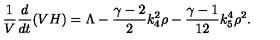
\frac 1 { V } \frac { d } { d t } ( V H ) = \Lambda - \frac { \gamma - 2 } 2 k _ { 4 } ^ { 2 } \rho - \frac { \gamma - 1 } { 1 2 } k _ { 5 } ^ { 4 } \rho ^ { 2 } .